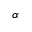
\alpha